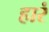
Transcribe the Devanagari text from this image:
हारं